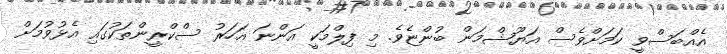
އެއްބަސްވީ ކަމަށްވެސް އަޔޫޝްމަން ބުންޏެވެ. މި ފިލްމަކީ އަންނަ އަހަރު ސްކްރީންތަކުގައި އެޅުވުމަށް